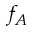
f _ { A }